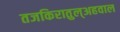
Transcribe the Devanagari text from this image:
तजकिरातुल्अहवाल